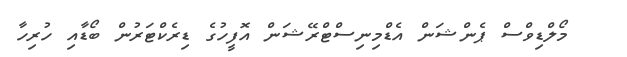
މޯލްޑިވްސް ޕެންޝަން އެޑްމިނިސްޓްރޭޝަން އޮފީހުގެ ޑިރެކްޓަރުން ބޯޑާއި ހުރިހާ